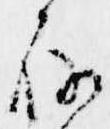
存